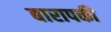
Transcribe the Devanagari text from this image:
बारापकी